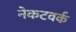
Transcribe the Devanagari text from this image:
नेकटवर्क